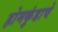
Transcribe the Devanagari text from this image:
होमकुंडाचे